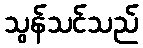
သွန်သင်သည်